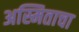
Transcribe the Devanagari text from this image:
अस्मिताचा